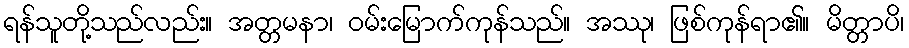
ရန်သူတို့သည်လည်း။ အတ္တမနာ၊ ဝမ်းမြောက်ကုန်သည်။ အဿု၊ ဖြစ်ကုန်ရာ၏။ မိတ္တာပိ၊